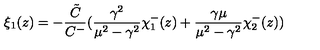
\xi _ { 1 } ( z ) = - \frac { \tilde { C } } { C ^ { - } } ( \frac { \gamma ^ { 2 } } { \mu ^ { 2 } - \gamma ^ { 2 } } \chi _ { 1 } ^ { - } ( z ) + \frac { \gamma \mu } { \mu ^ { 2 } - \gamma ^ { 2 } } \chi _ { 2 } ^ { - } ( z ) )